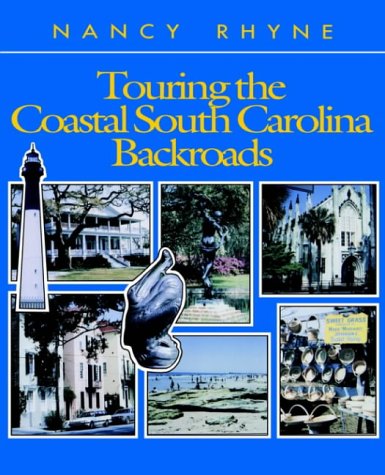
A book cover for Touring the Coastal South Carolina Backroads (Touring the Backroads Series); Nancy Rhyne; Travel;